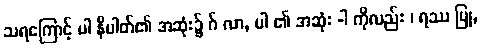
သရကြောင့် ပါ နိပါတ်၏ အဆုံး၌ ဂ် လာ, ပါ ၏ အဆုံး -ါ ကိုလည်း ၊ ရဿ ပြု,